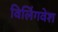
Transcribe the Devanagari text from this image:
विलिंगवेश